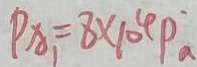
P _ { A _ { 1 } } = 8 \times 1 0 ^ { 4 } P _ { a }